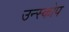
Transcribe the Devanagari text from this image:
उन्स्कोप